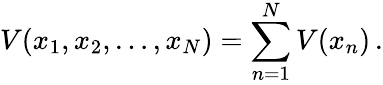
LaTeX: V(x_{1},x_{2},\ldots,x_{N})=\sum_{n=1}^{N}V(x_{n})\, .